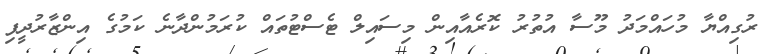
ރުގިއްޔާ މުހައްމަދު މޫސާ އުތުރު ކޮރެއާއިން މިސައިލް ޓެސްޓުތައް ކުރަމުންދާނެ ކަމުގެ އިންޒާރުދީފި